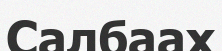
Салбаах